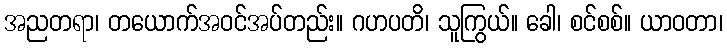
အညတရာ၊ တယောက်အဝင်အပ်တည်း။ ဂဟပတိ၊ သူကြွယ်။ ခေါ၊ စင်စစ်။ ယာဝတာ၊